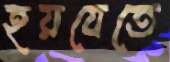
হয়যেতে